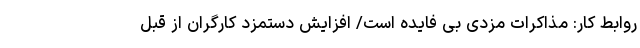
روابط کار: مذاکرات مزدی بی فایده است/ افزایش دستمزد کارگران از قبل